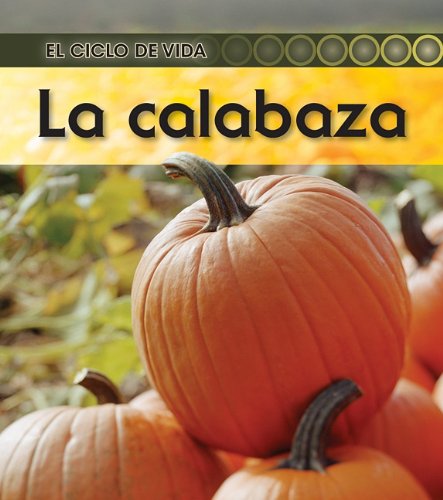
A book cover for La calabaza (El ciclo de vida) (Spanish Edition); Ron Fridell; Children's Books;